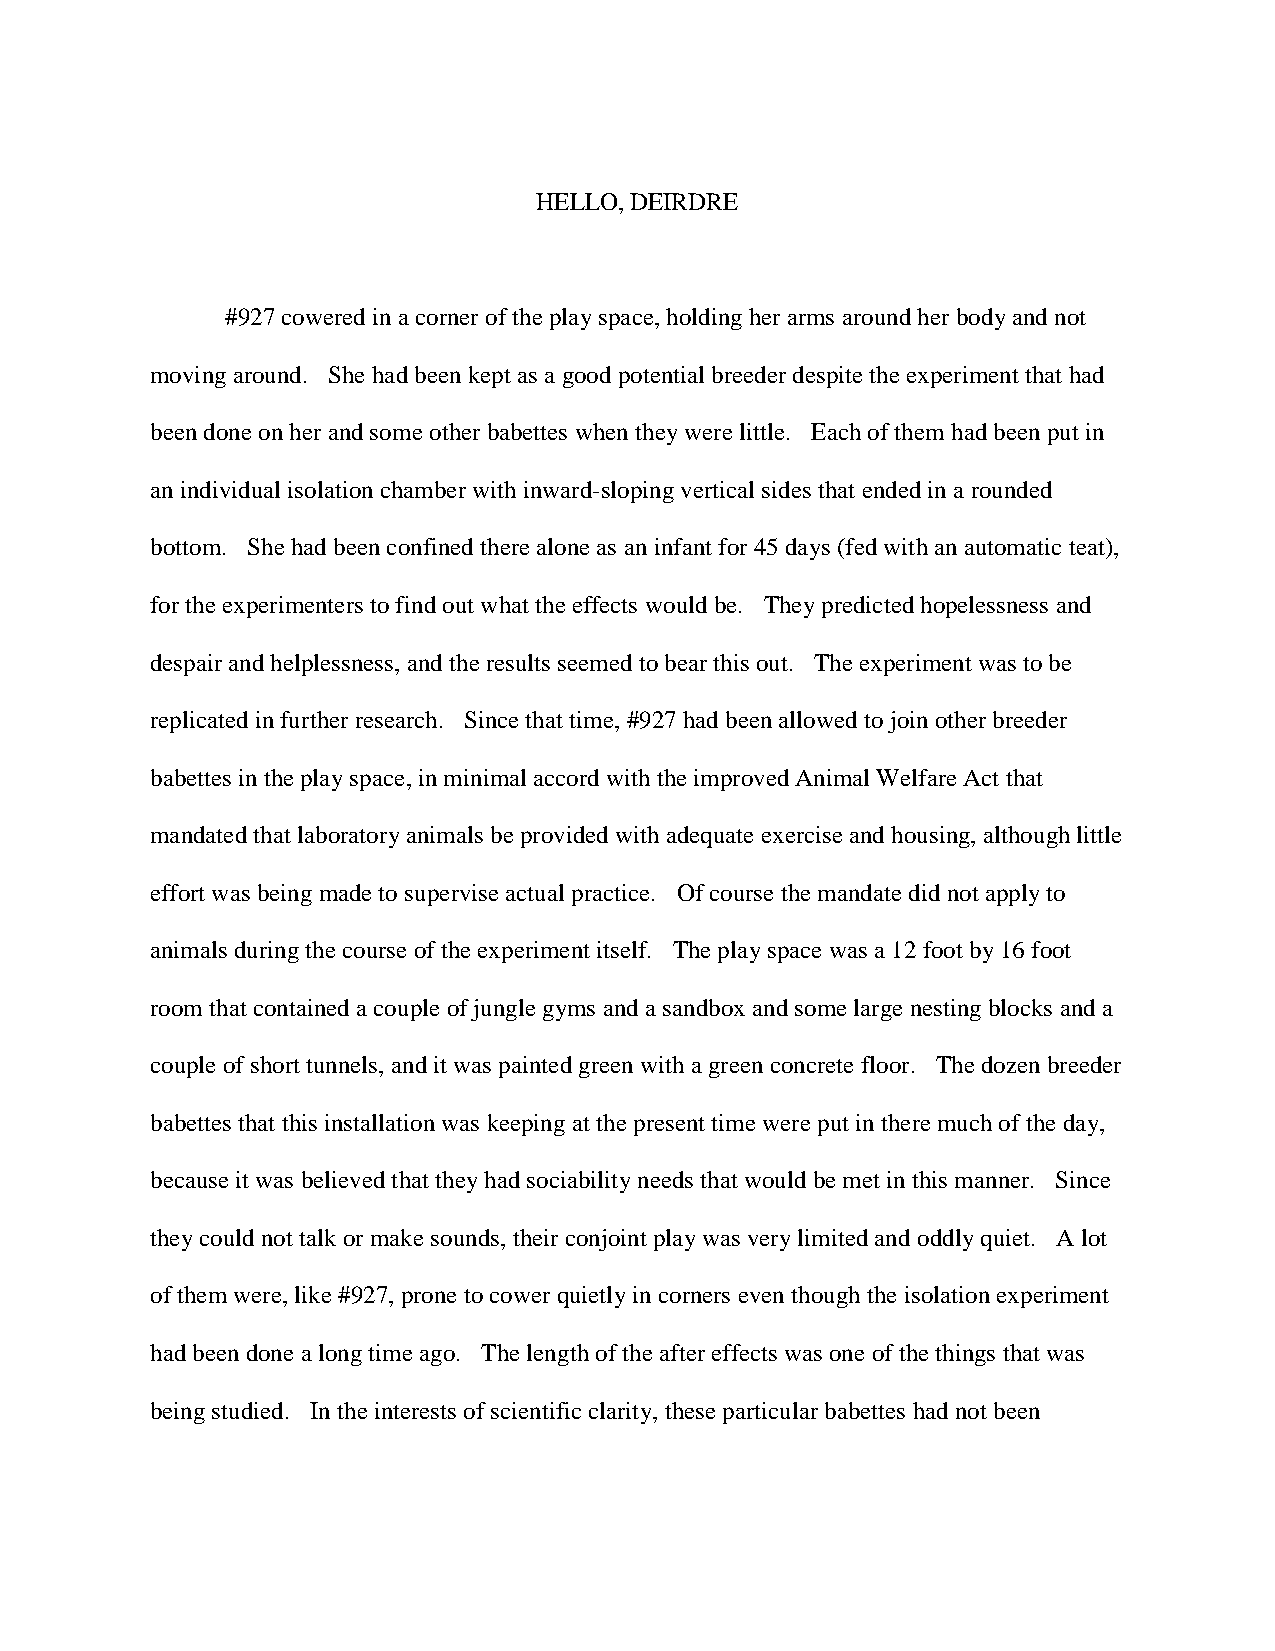
HELLO, DEIRDRE
 #927 cowered in a corner of the play space, holding her arms around her body and not
 moving around. She had been kept as a good potential breeder despite the experiment that had
 been done on her and some other babettes when they were little. Each of them had been put in
 an individual isolation chamber with inward-sloping vertical sides that ended in a rounded
 bottom. She had been confined there alone as an infant for 45 days (fed with an automatic teat),
 for the experimenters to find out what the effects would be. They predicted hopelessness and
 despair and helplessness, and the results seemed to bear this out. The experiment was to be
 replicated in further research. Since that time, #927 had been allowed to join other breeder
 babettes in the play space, in minimal accord with the improved Animal Welfare Act that
 mandated that laboratory animals be provided with adequate exercise and housing, although little
 effort was being made to supervise actual practice. Of course the mandate did not apply to
 animals during the course of the experiment itself. The play space was a 12 foot by 16 foot
 room that contained a couple of jungle gyms and a sandbox and some large nesting blocks and a
 couple of short tunnels, and it was painted green with a green concrete floor. The dozen breeder
 babettes that this installation was keeping at the present time were put in there much of the day,
 because it was believed that they had sociability needs that would be met in this manner. Since
 they could not talk or make sounds, their conjoint play was very limited and oddly quiet. A lot
 of them were, like #927, prone to cower quietly in corners even though the isolation experiment
 had been done a long time ago. The length of the after effects was one of the things that was
 being studied. In the interests of scientific clarity, these particular babettes had not been